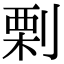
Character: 𠞉